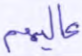
عاليهم